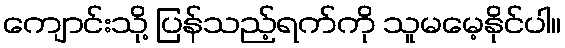
ကျောင်းသို့ ပြန်သည့်ရက်ကို သူမမေ့နိုင်ပါ။